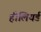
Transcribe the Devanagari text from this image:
हीलियर्ड